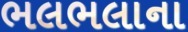
ભલભલાના